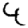
Digit: 4